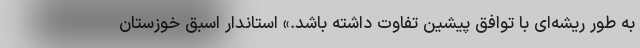
به طور ریشه‌ای با توافق پیشین تفاوت داشته باشد.» استاندار اسبق خوزستان